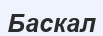
Баскал